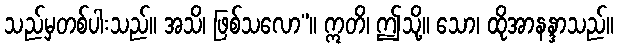
သည်မှတစ်ပါးသည်။ အသိ၊ ဖြစ်သလော”။ ဣတိ၊ ဤသို့။ သော၊ ထိုအာနန္ဒာသည်။